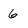
Character: 6